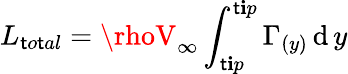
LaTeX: L_{\mathsf{t}o\mathsf{t}al}=\rhoV_{\infty}\int_{\mathsf{t}\mathbf{i}p}^{\mathsf{t}\mathbf{i}p}\Gamma_{(y)}\operatorname{d}y